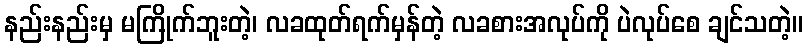
နည်းနည်းမှ မကြိုက်ဘူးတဲ့၊ လခထုတ်ရက်မှန်တဲ့ လခစားအလုပ်ကို ပဲလုပ်စေ ချင်သတဲ့။